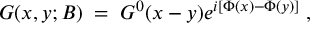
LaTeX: G ( x , y ; B ) \; = \; G ^ { 0 } ( x - y ) e ^ { i [ \Phi ( x ) - \Phi ( y ) ] } \; ,